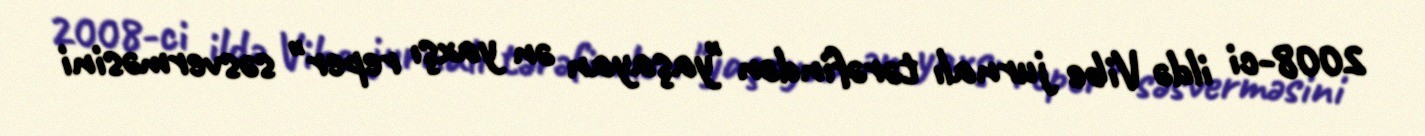
2008-ci ildə Vibe jurnalı tərəfindən "yaşayan ən yaxşı reper" səsverməsini